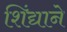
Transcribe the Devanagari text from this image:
शिंद्याने